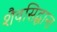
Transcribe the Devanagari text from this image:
शैवसिद्धान्त